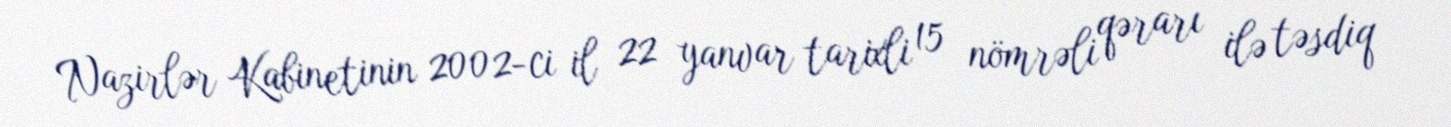
Nazirlər Kabinetinin 2002-ci il 22 yanvar tarixli 15 nömrəli qərarı ilə təsdiq